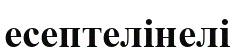
есептелінелі